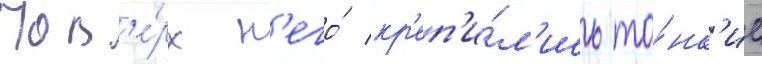
Пов'е́рх н'его́ кр'еп'и́л'ись то́нк'ие